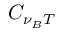
C _ { \nu _ { B } T }